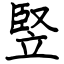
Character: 竪